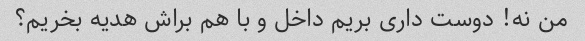
من نه! دوست داری بریم داخل و با هم براش هدیه بخریم؟